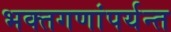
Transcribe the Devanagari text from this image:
भक्तगणांपर्यन्त